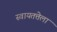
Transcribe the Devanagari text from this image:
स्वायतत्तेला